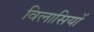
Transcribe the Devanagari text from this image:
विलासियों